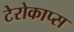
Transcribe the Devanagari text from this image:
टेरोकाप्स